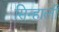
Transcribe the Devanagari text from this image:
सिन्हाली